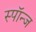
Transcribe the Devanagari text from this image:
स्पॉन्ज